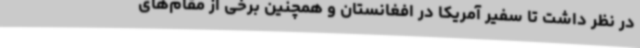
در نظر داشت تا سفیر آمریکا در افغانستان و همچنین برخی از مقام‌های